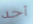
أحد